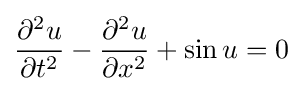
{\frac {\partial ^{2}u}{\partial t^{2}}}-{\frac {\partial ^{2}u}{\partial x^{2}}}+\sin u=0